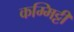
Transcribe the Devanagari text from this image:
कम्मिट्टी